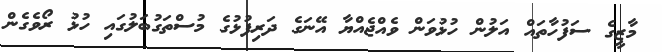
މާޒީގެ ސަފުހާތައް އަލުން ހުޅުވަން ވެއްޖެއްޔާ އޭނަގެ ދަރިފުޅުގެ މުސްތަގުބަލުގައި ހުޅު ރޯވެގެން